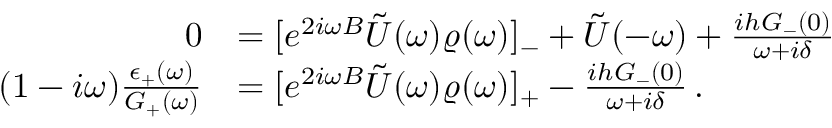
\begin{array} { r l } { 0 } & { = [ e ^ { 2 i \omega B } \tilde { U } ( \omega ) \varrho ( \omega ) ] _ { - } + \tilde { U } ( - \omega ) + \frac { i h G _ { - } ( 0 ) } { \omega + i \delta } } \\ { ( 1 - i \omega ) \frac { \epsilon _ { + } ( \omega ) } { G _ { + } ( \omega ) } } & { = [ e ^ { 2 i \omega B } \tilde { U } ( \omega ) \varrho ( \omega ) ] _ { + } - \frac { i h G _ { - } ( 0 ) } { \omega + i \delta } \, . } \end{array}